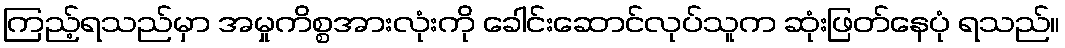
ကြည့်ရသည်မှာ အမှုကိစ္စအားလုံးကို ခေါင်းဆောင်လုပ်သူက ဆုံးဖြတ်နေပုံ ရသည်။